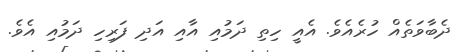
ދެބާވަތެއް ހުރެއެވެ. އެއީ ހިތި ދަމުއި އާއި އަދި ފަރިހި ދަމުއި އެވެ.